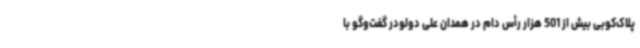
پلاک‌کوبی بیش از 501 هزار رأس دام در همدان علی دولودر گفت‌وگو با